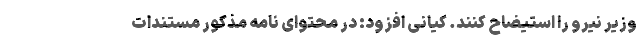
وزیر نیرو را استیضاح کنند. کیانی افزود: در محتوای نامه مذکور مستندات